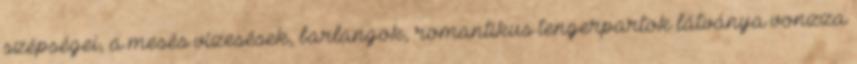
szépségei, a mesés vízesések, barlangok, romantikus tengerpartok látványa vonzza